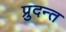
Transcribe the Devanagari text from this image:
प्रुदन्त